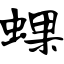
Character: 蜾